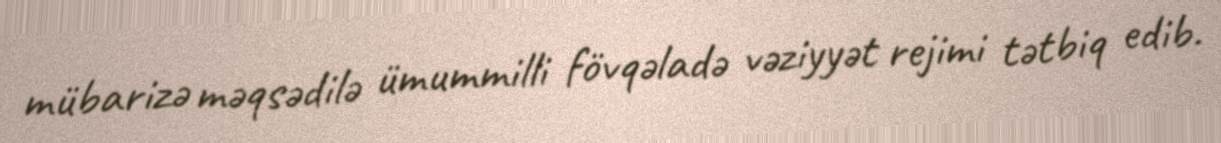
mübarizə məqsədilə ümummilli fövqəladə vəziyyət rejimi tətbiq edib.